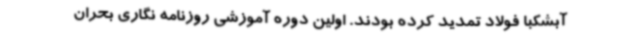
آبشکبا فولاد تمدید کرده بودند. اولین دوره آموزشی روزنامه نگاری بحران